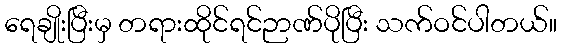
ရေချိုးပြီးမှ တရားထိုင်ရင်ဉာဏ်ပိုပြီး သက်ဝင်ပါတယ်။